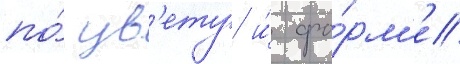
по́ цв'ету и́ фо́рм'е